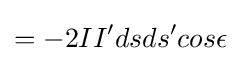
=-2II'dsds'cos\epsilon